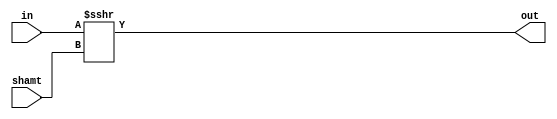
`timescale 1ns / 1ps

module execute( 
input [7:0] in, 
input [2:0] shamt,
output [7:0] out
    );
    assign out=$signed(in)>>>shamt;
endmodule